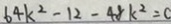
6 4 k ^ { 2 } - 1 2 - 4 8 k ^ { 2 } = 0